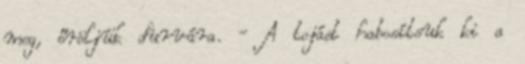
meg, őröljük durvára. - A tojást habosítsuk ki a